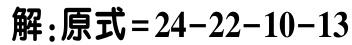
解：原式=24 - 22 - 10 - 13